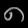
Digit: ၈